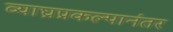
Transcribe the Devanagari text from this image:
व्याघ्रप्रकल्पानंतर